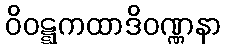
ဝိဝဋ္ဋကထာဒိဝဏ္ဏနာ